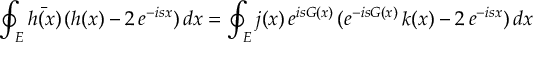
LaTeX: \oint _ { E } \bar { h ( x ) } \, ( h ( x ) - 2 \, e ^ { - i s x } ) \, d x = \oint _ { E } j ( x ) \, e ^ { i s G ( x ) } \, ( e ^ { - i s G ( x ) } \, k ( x ) - 2 \, e ^ { - i s x } ) \, d x